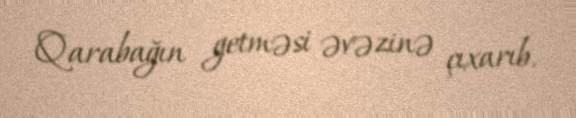
Qarabağın getməsi əvəzinə çıxarıb.